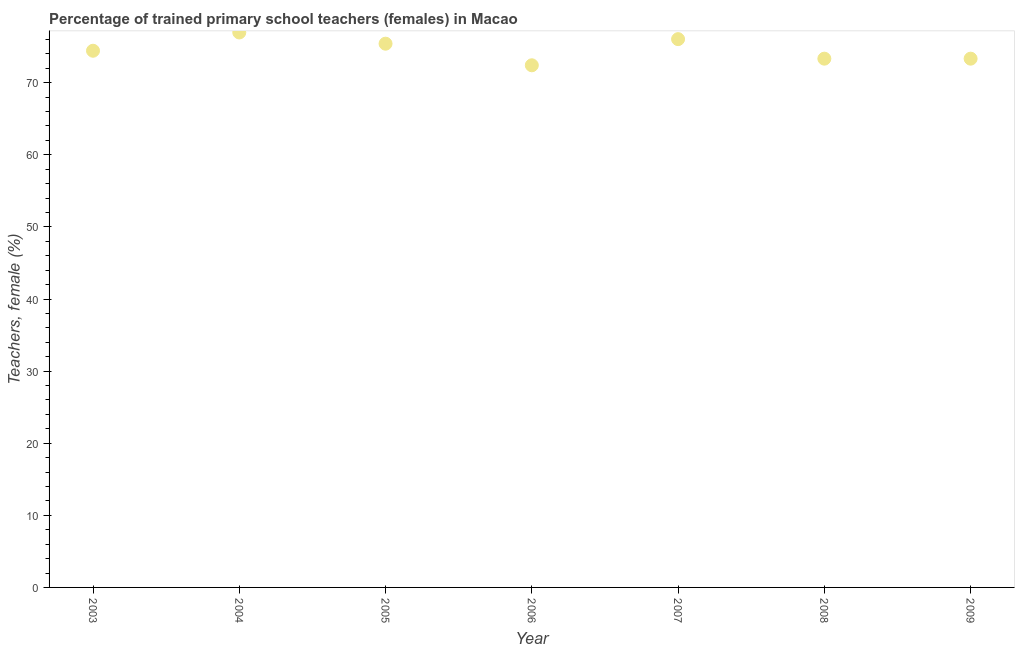
| Year | Trained teachers female |
 | --- | --- |
 | 2003 | 74.4 |
 | 2004 | 77 |
 | 2005 | 75.4 |
 | 2006 | 72.4 |
 | 2007 | 76 |
 | 2008 | 73.3 |
 | 2009 | 73.3 |